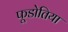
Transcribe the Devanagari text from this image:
फूडोतिया